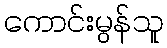
ကောင်းမွန်သူ